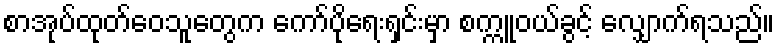
စာအုပ်ထုတ်ဝေသူတွေက ကော်ပိုရေးရှင်းမှာ စက္ကူဝယ်ခွင့် လျှောက်ရသည်။